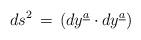
LaTeX: \begin{align*}ds\sp2\,=\,(dy\sp{\underline{a}}\cdot dy\sp{\underline{a}})\end{align*}